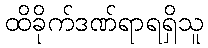
ထိခိုက်ဒဏ်ရာရရှိသူ